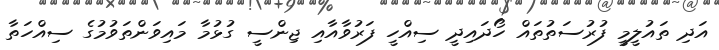
އަދި ތައުލީމީ ފުރުސަތުތައް ހޯދައިދީ ސިއްހީ ފަރުވާއާއި ޖިންސީ ގުޅުމާ މައިވަންތަވުމުގެ ސިއްހަތާ